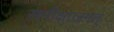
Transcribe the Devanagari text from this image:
समीक्षाजगत्